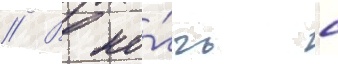
// В но́чь с